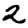
Digit: 2